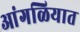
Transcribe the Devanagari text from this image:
आंगळियात